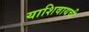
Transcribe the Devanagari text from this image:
याशिवायची